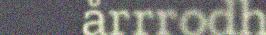
årrrodh